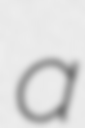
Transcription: a